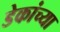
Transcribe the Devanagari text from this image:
डेकांच्या